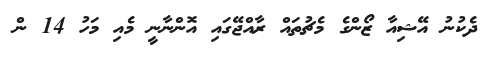
ދެކުނު އޭޝިއާ ޒޯންގެ މެޗުތައް ރާއްޖޭގައި އޮންނާނީ މެއި މަހު 14 ން